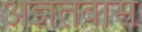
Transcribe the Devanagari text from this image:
अज्ञतवास